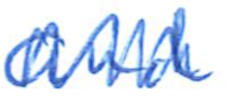
Text: and
Cross-out: zig-zag
Writing tool: ballpoint